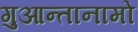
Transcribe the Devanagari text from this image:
गुआन्तानामो